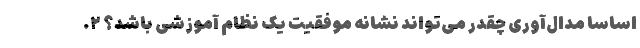
اساساً مدال‌آوری چقدر می‌تواند نشانه موفقیت یک نظام آموزشی باشد؟ ۲.